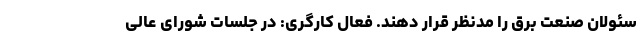
سئولان صنعت برق را مدنظر قرار دهند. فعال کارگری: در جلسات شورای عالی